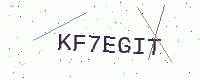
Text: KF7EGIT